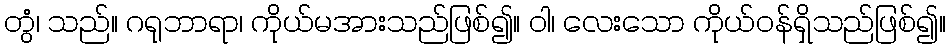
တွံ၊ သည်။ ဂရုဘာရာ၊ ကိုယ်မအားသည်ဖြစ်၍။ ဝါ၊ လေးသော ကိုယ်ဝန်ရှိသည်ဖြစ်၍။